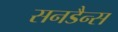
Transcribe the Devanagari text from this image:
सनडैन्स